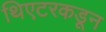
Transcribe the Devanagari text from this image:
थिएटरकडून